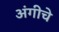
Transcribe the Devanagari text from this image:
अंगीचे